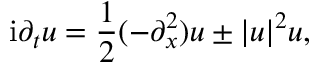
\mathrm { i } \partial _ { t } u = \frac { 1 } { 2 } ( - \partial _ { x } ^ { 2 } ) u \pm | u | ^ { 2 } u ,